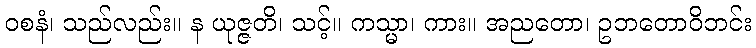
ဝစနံ၊ သည်လည်း။ န ယုဇ္ဇတိ၊ သင့်။ ကသ္မာ၊ ကား။ အညတော၊ ဥဘတောဝိဘင်း